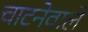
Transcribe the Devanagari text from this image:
चाटनेवाले